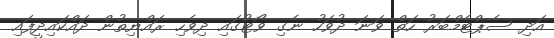
އަދި ސެޕްޓެމްބަރު ހަތް ވަނަ ދުވަހު ނެގި ވޯޓުގައި ދިވެހި ރައްޔިތުން ދައްކައިދީފައި